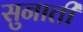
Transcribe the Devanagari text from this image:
सुनातीं